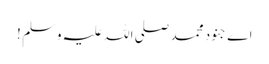
اے جنودِ محمد صلی اللہ علیہ وسلم !